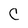
Character: C